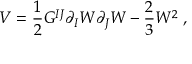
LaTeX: V = \frac { 1 } { 2 } G ^ { I J } \partial _ { I } W \partial _ { J } W - \frac { 2 } { 3 } W ^ { 2 } \; ,